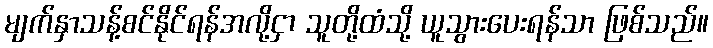
မျက်နှာသန့်စင်နိုင်ရန်အလို့ငှာ သူတို့ထံသို့ ယူသွားပေးရန်သာ ဖြစ်သည်။